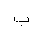
Letter: _ba